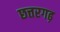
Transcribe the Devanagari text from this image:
छत्तरगढ़